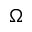
\Omega